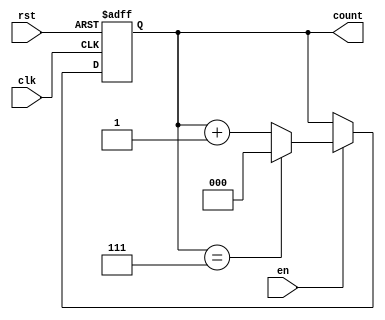
module modulus_counter #(
    parameter N = 8  // Default modulus value (can be changed based on needs)
)(
    input wire clk,      // Clock signal
    input wire rst,      // Asynchronous active-high reset signal
    input wire en,       // Enable signal
    output reg [clog2(N)-1:0] count  // Output count
);

// Function to calculate the logarithm base 2
function integer clog2;
    input integer value;
    begin
        value = value - 1;
        for (clog2 = 0; value > 0; clog2 = clog2 + 1)
            value = value >> 1;
    end
endfunction

// Always block for counting
always @(posedge clk or posedge rst) begin
    if (rst) begin
        count <= 0;  // Reset the count to 0
    end else if (en) begin
        if (count == N - 1) begin
            count <= 0;  // Wrap around if reaching modulus value
        end else begin
            count <= count + 1;  // Increment the count
        end
    end
end

endmodule